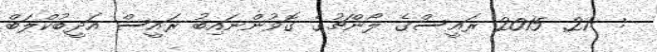
:  21